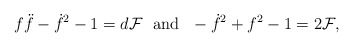
\begin{align*}f\ddot{f}-\dot{f}^2-1=d{\cal F} ~~\mbox{and}~~-\dot{f}^2+f^2-1=2{\cal F},\end{align*}